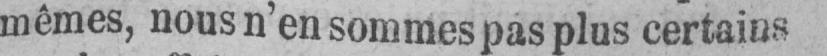
mêmes, nous n’en sommes pas plus certains